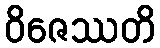
ဝိဇေဿတိ